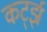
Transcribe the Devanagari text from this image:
कर्ट्झ